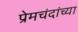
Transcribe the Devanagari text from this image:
प्रेमचंदांच्या